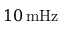
1 0 \, \mathrm { m H z }